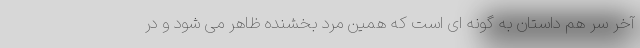
آخر سر هم داستان به گونه ای است که همین مرد بخشنده ظاهر می شود و در